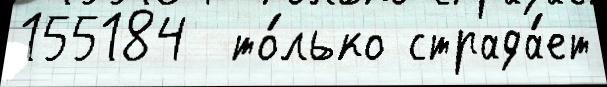
155184  то́лько страда́ет